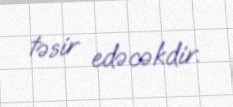
təsir edəcəkdir.